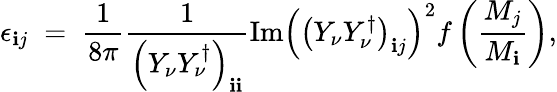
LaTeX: \epsilon_{\mathbf{i}j}\; =\; {\frac{{1}}{{8\pi}}}{\frac{{1}}{{\left(Y_{\nu}Y_{\nu}^{\dagger}\right)_{\mathbf{i}\mathbf{i}}}}}\mathrm{{Im}}\left(\left(Y_{\nu}Y_{\nu}^{\dagger}\right)_{\mathbf{i}j}\right)^{2}f\left({\frac{{M_{j}}}{{M_{\mathbf{i}}}}}\right),